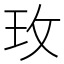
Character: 玫